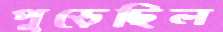
পুড়েছিল